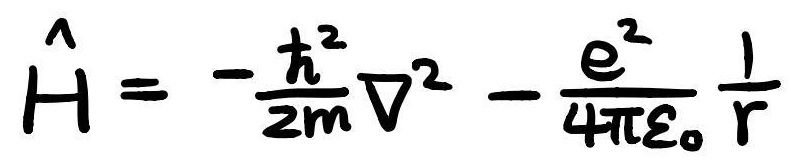
$\hat{H}=-\frac{\hbar^{2}}{2m}\nabla^{2}-\frac{e^{2}}{4\pi\varepsilon_{0}}\frac{1}{r}$